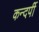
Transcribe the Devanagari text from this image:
कन्दर्पी